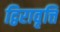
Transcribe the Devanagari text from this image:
द्विरावृत्ति